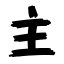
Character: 主